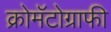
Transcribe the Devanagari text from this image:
क्रोमॅटोग्राफी